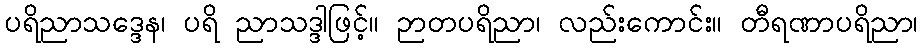
ပရိညာသဒ္ဒေန၊ ပရိ ညာသဒ္ဒါဖြင့်။ ဉာတပရိညာ၊ လည်းကောင်း။ တီရဏာပရိညာ၊